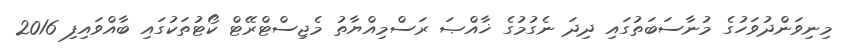
މިނިވަންދުވަހުގެ މުނާސަބަތުގައި ދިދަ ނެގުމުގެ ޚާއްޞަ ރަސްމިއްޔާތު މެޖިސްޓްރޭޓް ކޯޓުތަކުގައި ބާއްވައިފި 2016